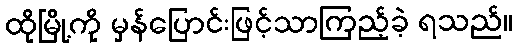
ထိုမြို့ကို မှန်ပြောင်းဖြင့်သာကြည့်ခဲ့ ရသည်။